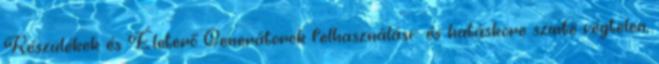
Készülékek és Életerő Generátorok felhasználási- és hatásköre szinte végtelen,